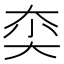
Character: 𱘰